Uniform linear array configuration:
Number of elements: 16
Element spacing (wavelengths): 1
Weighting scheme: hamming
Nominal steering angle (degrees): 0
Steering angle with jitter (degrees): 0.676
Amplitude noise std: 0.05
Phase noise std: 0.05

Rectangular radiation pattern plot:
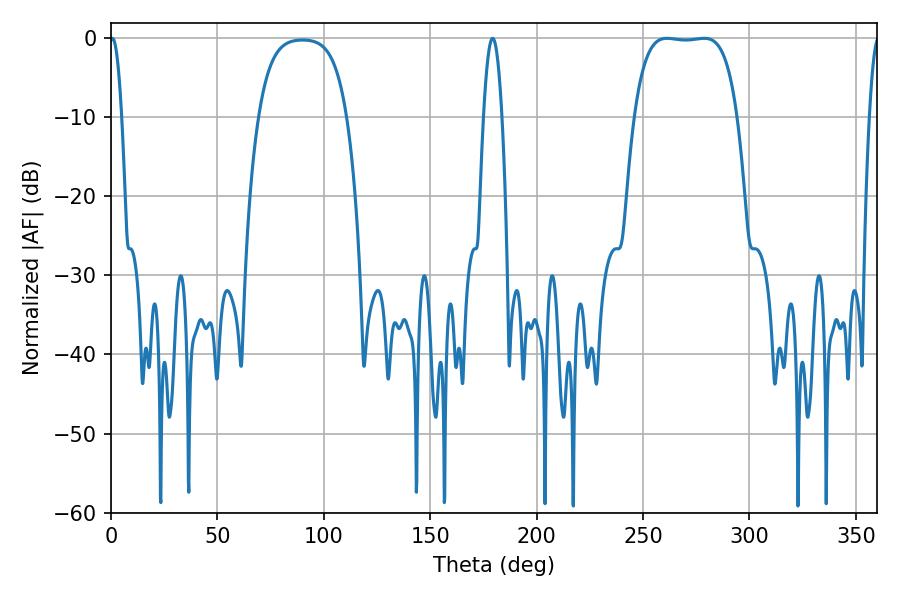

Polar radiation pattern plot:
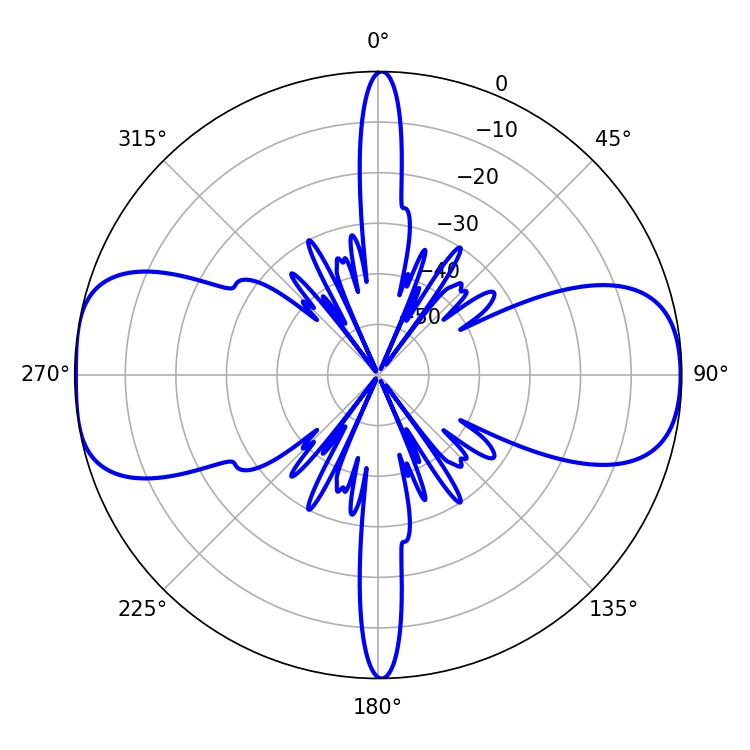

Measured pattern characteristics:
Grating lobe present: TRUE
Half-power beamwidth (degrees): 37.8
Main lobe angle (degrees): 261.18